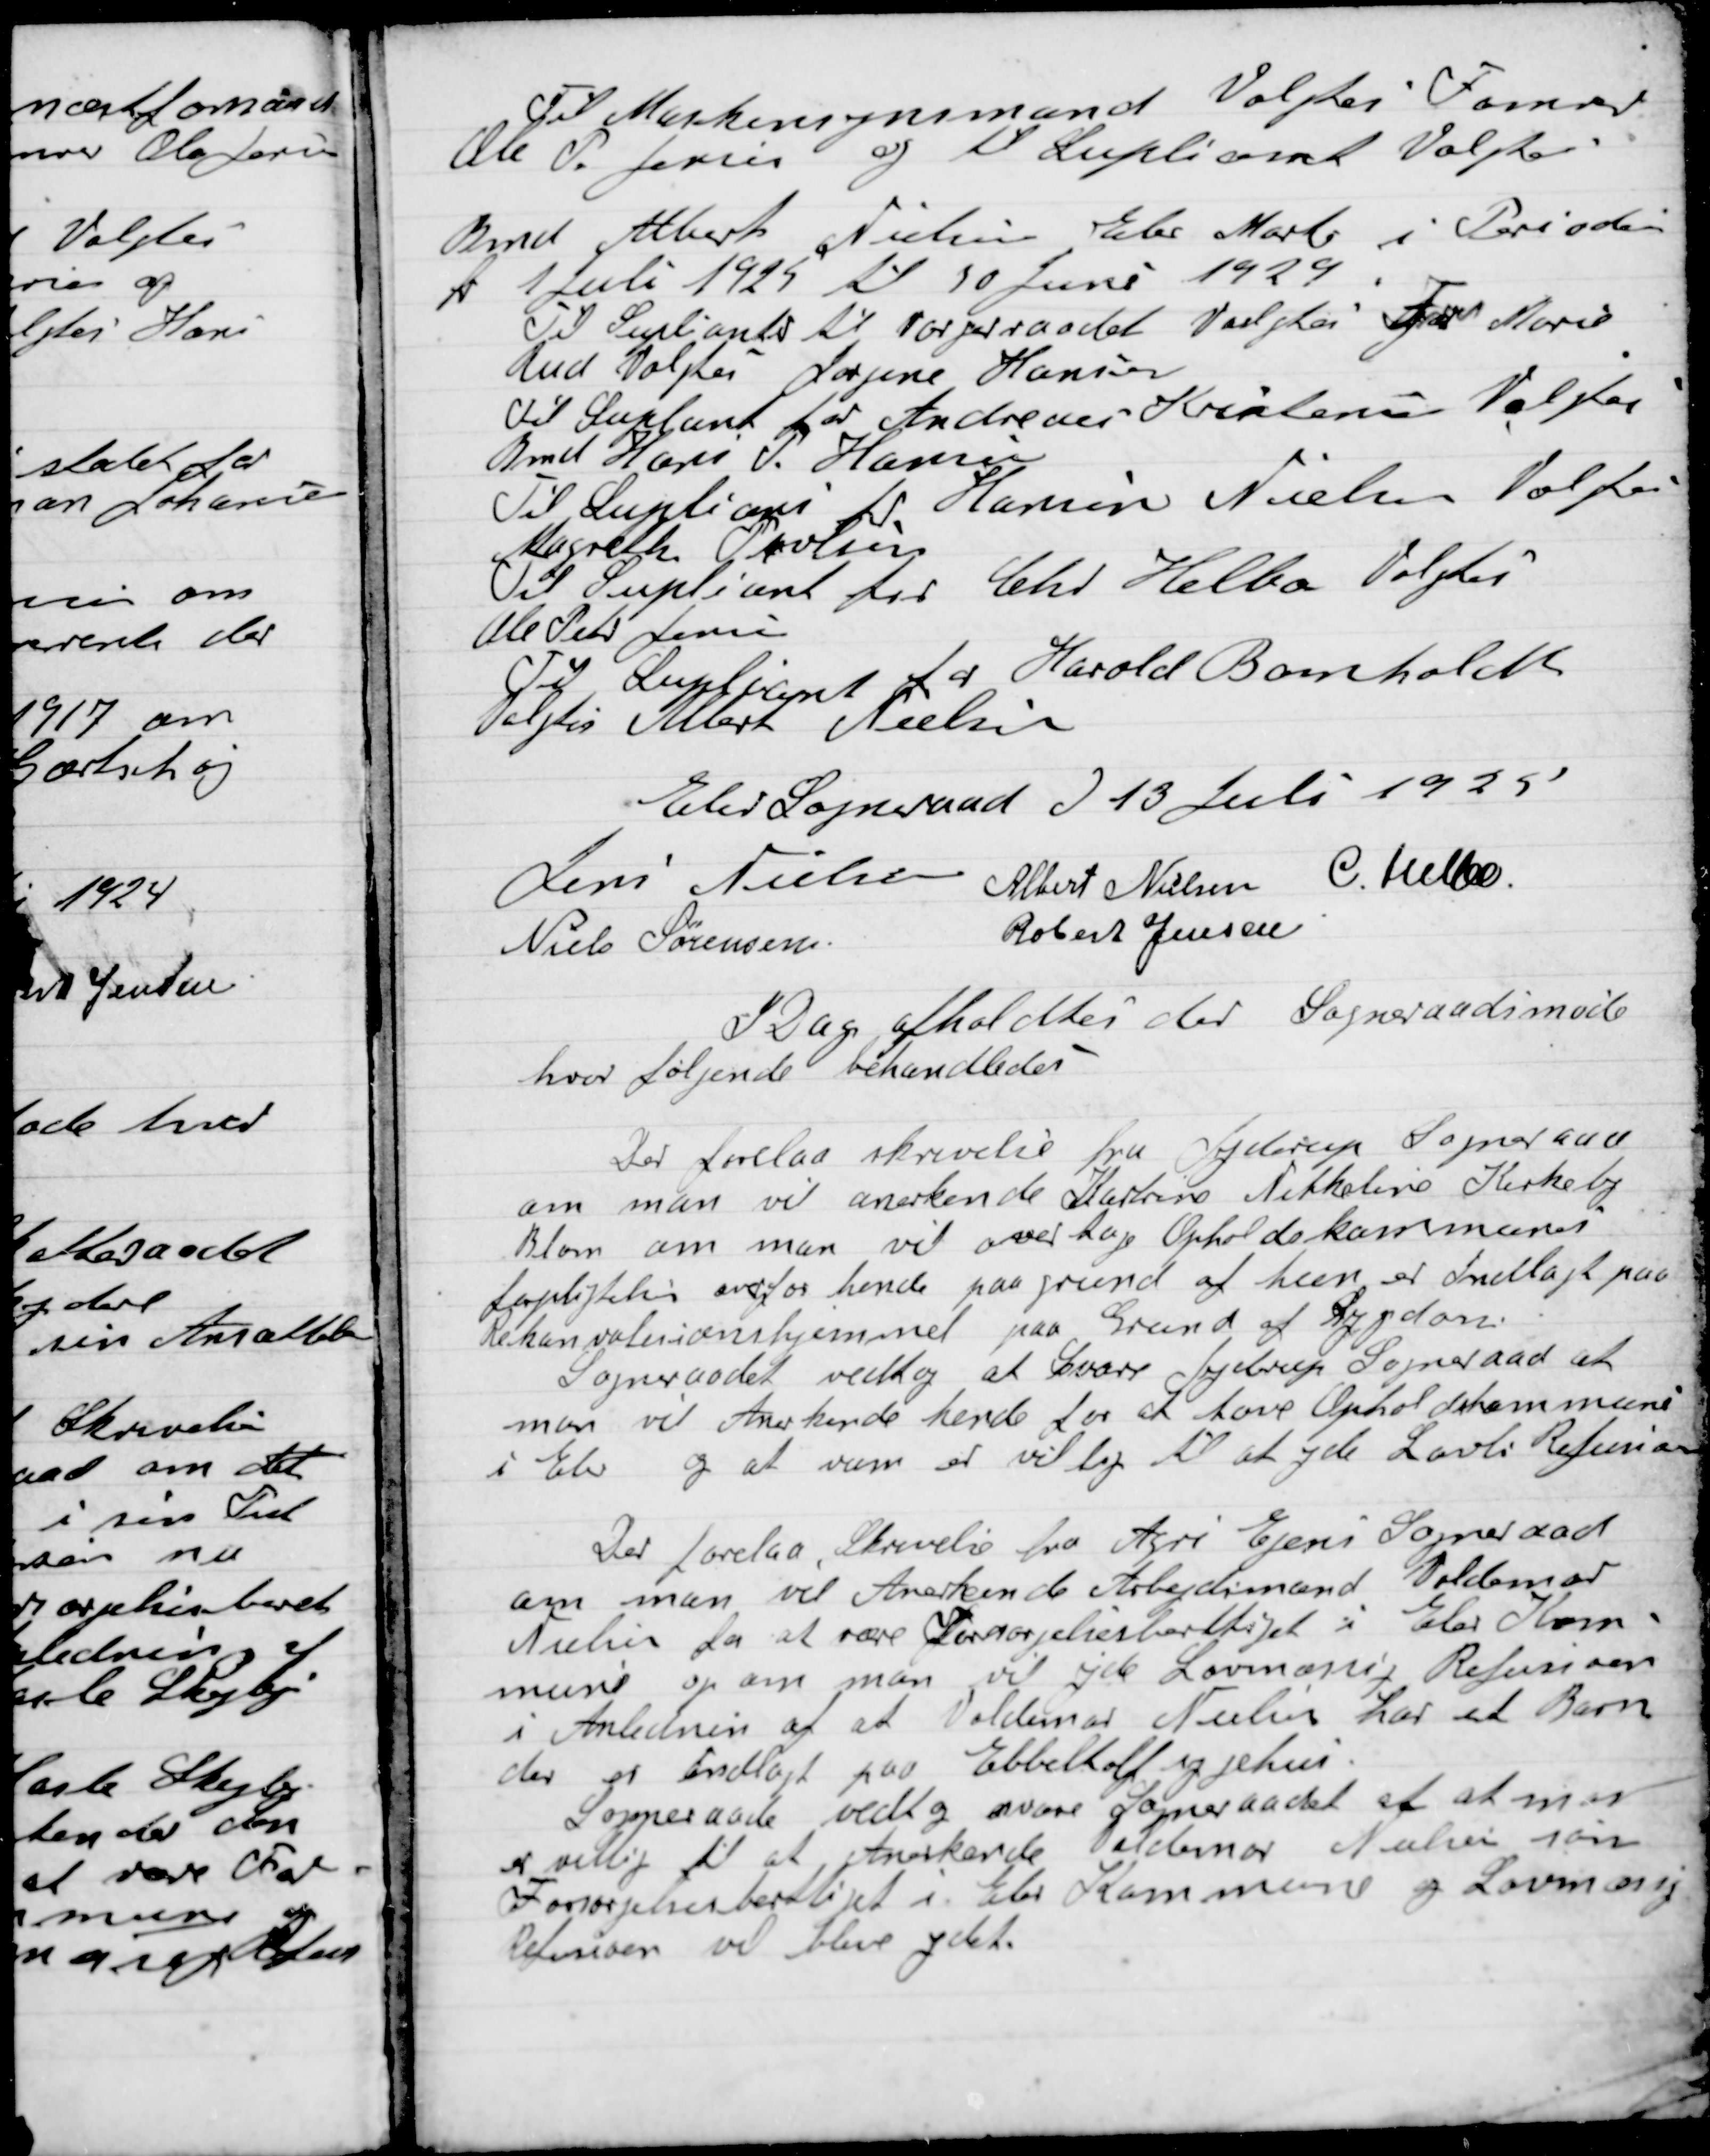
Transskription:
Til Markensynsmand Valgtes Tømrer
Ole P. Jensen og Suppleant Valgtes
Bmd Albert Nielsen Elev Mark i Perioden
fra 1 Juli 1925 til 30 Juni 1929.
Til Suppleant til Værgeraadet Valgtes For Marie
Rud Valges Jørgine Hansen.
Til Suppleant for Andreas Kristensen Valgtes
Bmd Hans P. Hansen
Til Suppleant for Harnin Nielsen Valgtes
Margrethe Poulsen
Til Supplant for Chr. Helbo Valgtes
Ole Peter Jensen
Til Suppleant for Harald Bomholdt
Valgtes Albert Nielsen

Elev Sogneraad D. 13. Juli 1925

Jens Nielsen
Albert Nielsen
Chr. Helbo
Niels Sørensen
Robert

I Dag afholdtes der Sogneraadsmøde
hvor følgende behandledes.

Der forelaa skrivelse fra Lyderup Sogneraad
om man vil anerkende Katrine Mikkeline Kirkeby
Blom om vil overtage Opholdskommunens
forpligtigelse overfor hende paa Grund af hun er Indlagt paa
Rekonvalisasions hjemmet paa Grund af Sygdom.
Sogneraadet vedtog at svare Lyderup Sogneraad at
man vil anerkende hende for at have Opholdskommunes
i Elev og at man er villig til at yde lovlig Refusion

Der forelaa skrivelse fra Agri Ejens Sogneraad
om man vil Anerkende Arbejdsmand Valdemar
Nielsen for at være Forsørgelsesberettiget i Elev Kom-
mune og man vil yde Lovmæssig Refusion
i Anledning af at Valdemar Nielsen har et Barn
der er indlagt paa Ebeltoft sygehus.
Sogneraadet vedtog at svare Sogenraadet af at man
er villig til at Anerkende Valdemar Nielsen som
Forsørgelsesberettiget i Elev Kommune og Lovmæssig
Refusion vil blive ydet.